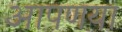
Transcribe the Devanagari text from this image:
आपणया